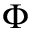
\Phi